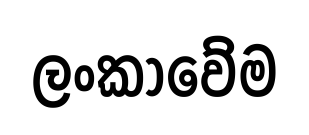
ලංකාවේම